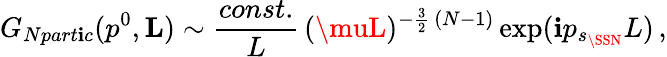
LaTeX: G_{Npart\mathbf{i}c}(p^{0},{\mathbf{L}})\sim\frac{{const.}}{{L}}\, (\muL)^{-\frac{{3}}{{2}}\, (N-1)}\exp(\mathbf{i}p_{s_{\SSN}}L)\, ,